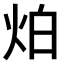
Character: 𤇢